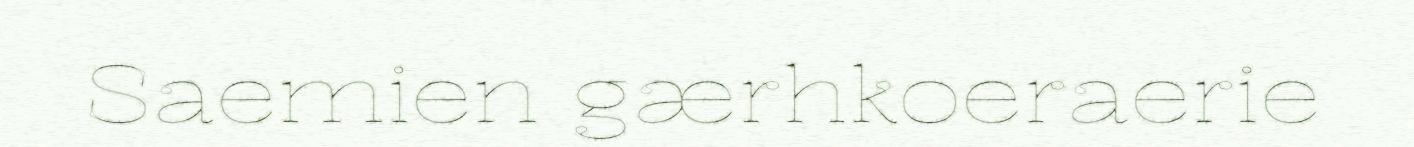
Saemien gærhkoeraerie